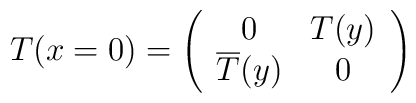
T(x=0)=\left(\begin{array}{cc} 0 & T(y) \\                                      \overline{T}(y) & 0 \\ \end{array}\right)